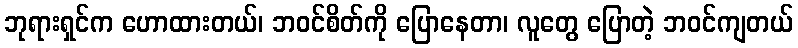
ဘုရားရှင်က ဟောထားတယ်၊ ဘဝင်စိတ်ကို ပြောနေတာ၊ လူတွေ ပြောတဲ့ ဘဝင်ကျတယ်